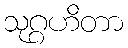
သုဂ္ဂဟိတာ